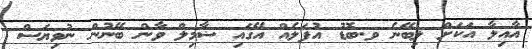
އާއިލާ އަކަށް ލިބޭނެ ވ.ބޮޑު އުފަލެއް އޭގައި ޟާމިލް ވާން ބޭނުން ނުވިޔަސް